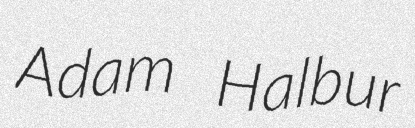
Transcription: Adam Halbur